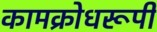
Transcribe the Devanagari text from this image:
कामक्रोधरूपी